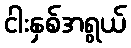
ငါးနှစ်အရွယ်